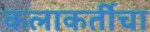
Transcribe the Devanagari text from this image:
कलाकर्तीचा